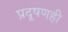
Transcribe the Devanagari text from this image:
प्रदूषणही